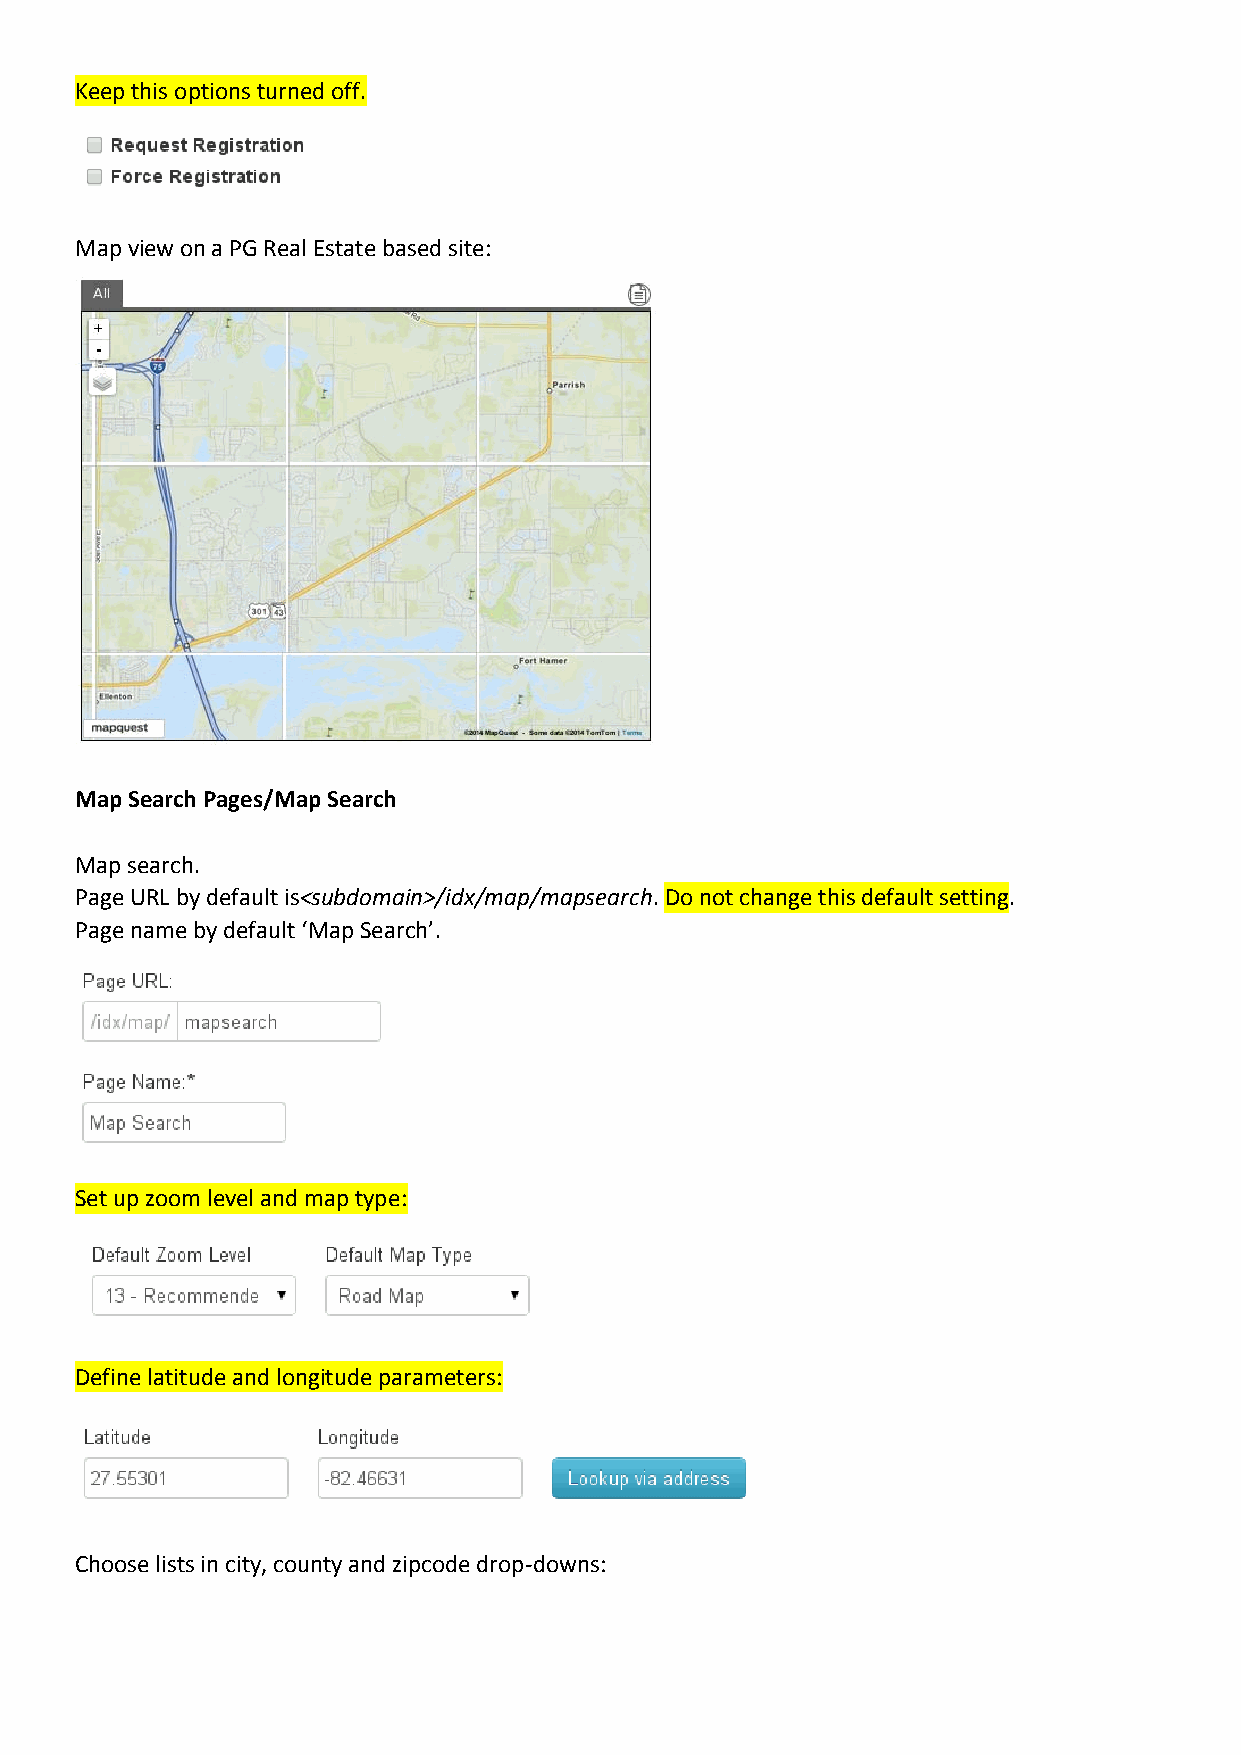
Keep this options turned off.
 Map view on a PG Real Estate based site:
 Map Search Pages/Map Search
 Map search.
 Page URL by default is<subdomain>/idx/map/mapsearch. Do not change this default setting.
 Page name by default ‘Map Search’.
 Set up zoom level and map type:
 Define latitude and longitude parameters:
 Choose lists in city, county and zipcode drop-downs: